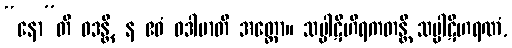
“နော”တိ ဝဒန္တိ, န ဧဝံ ဝဒါမာတိ အတ္ထော။ သပ္ပါဋိဟီရကတန္တိ သပ္ပါဋိဟရဏံ,